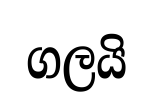
ගලයි